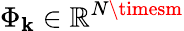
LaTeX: \Phi_{\mathbf{k}}\in\mathbb{{R}}^{N\timesm}